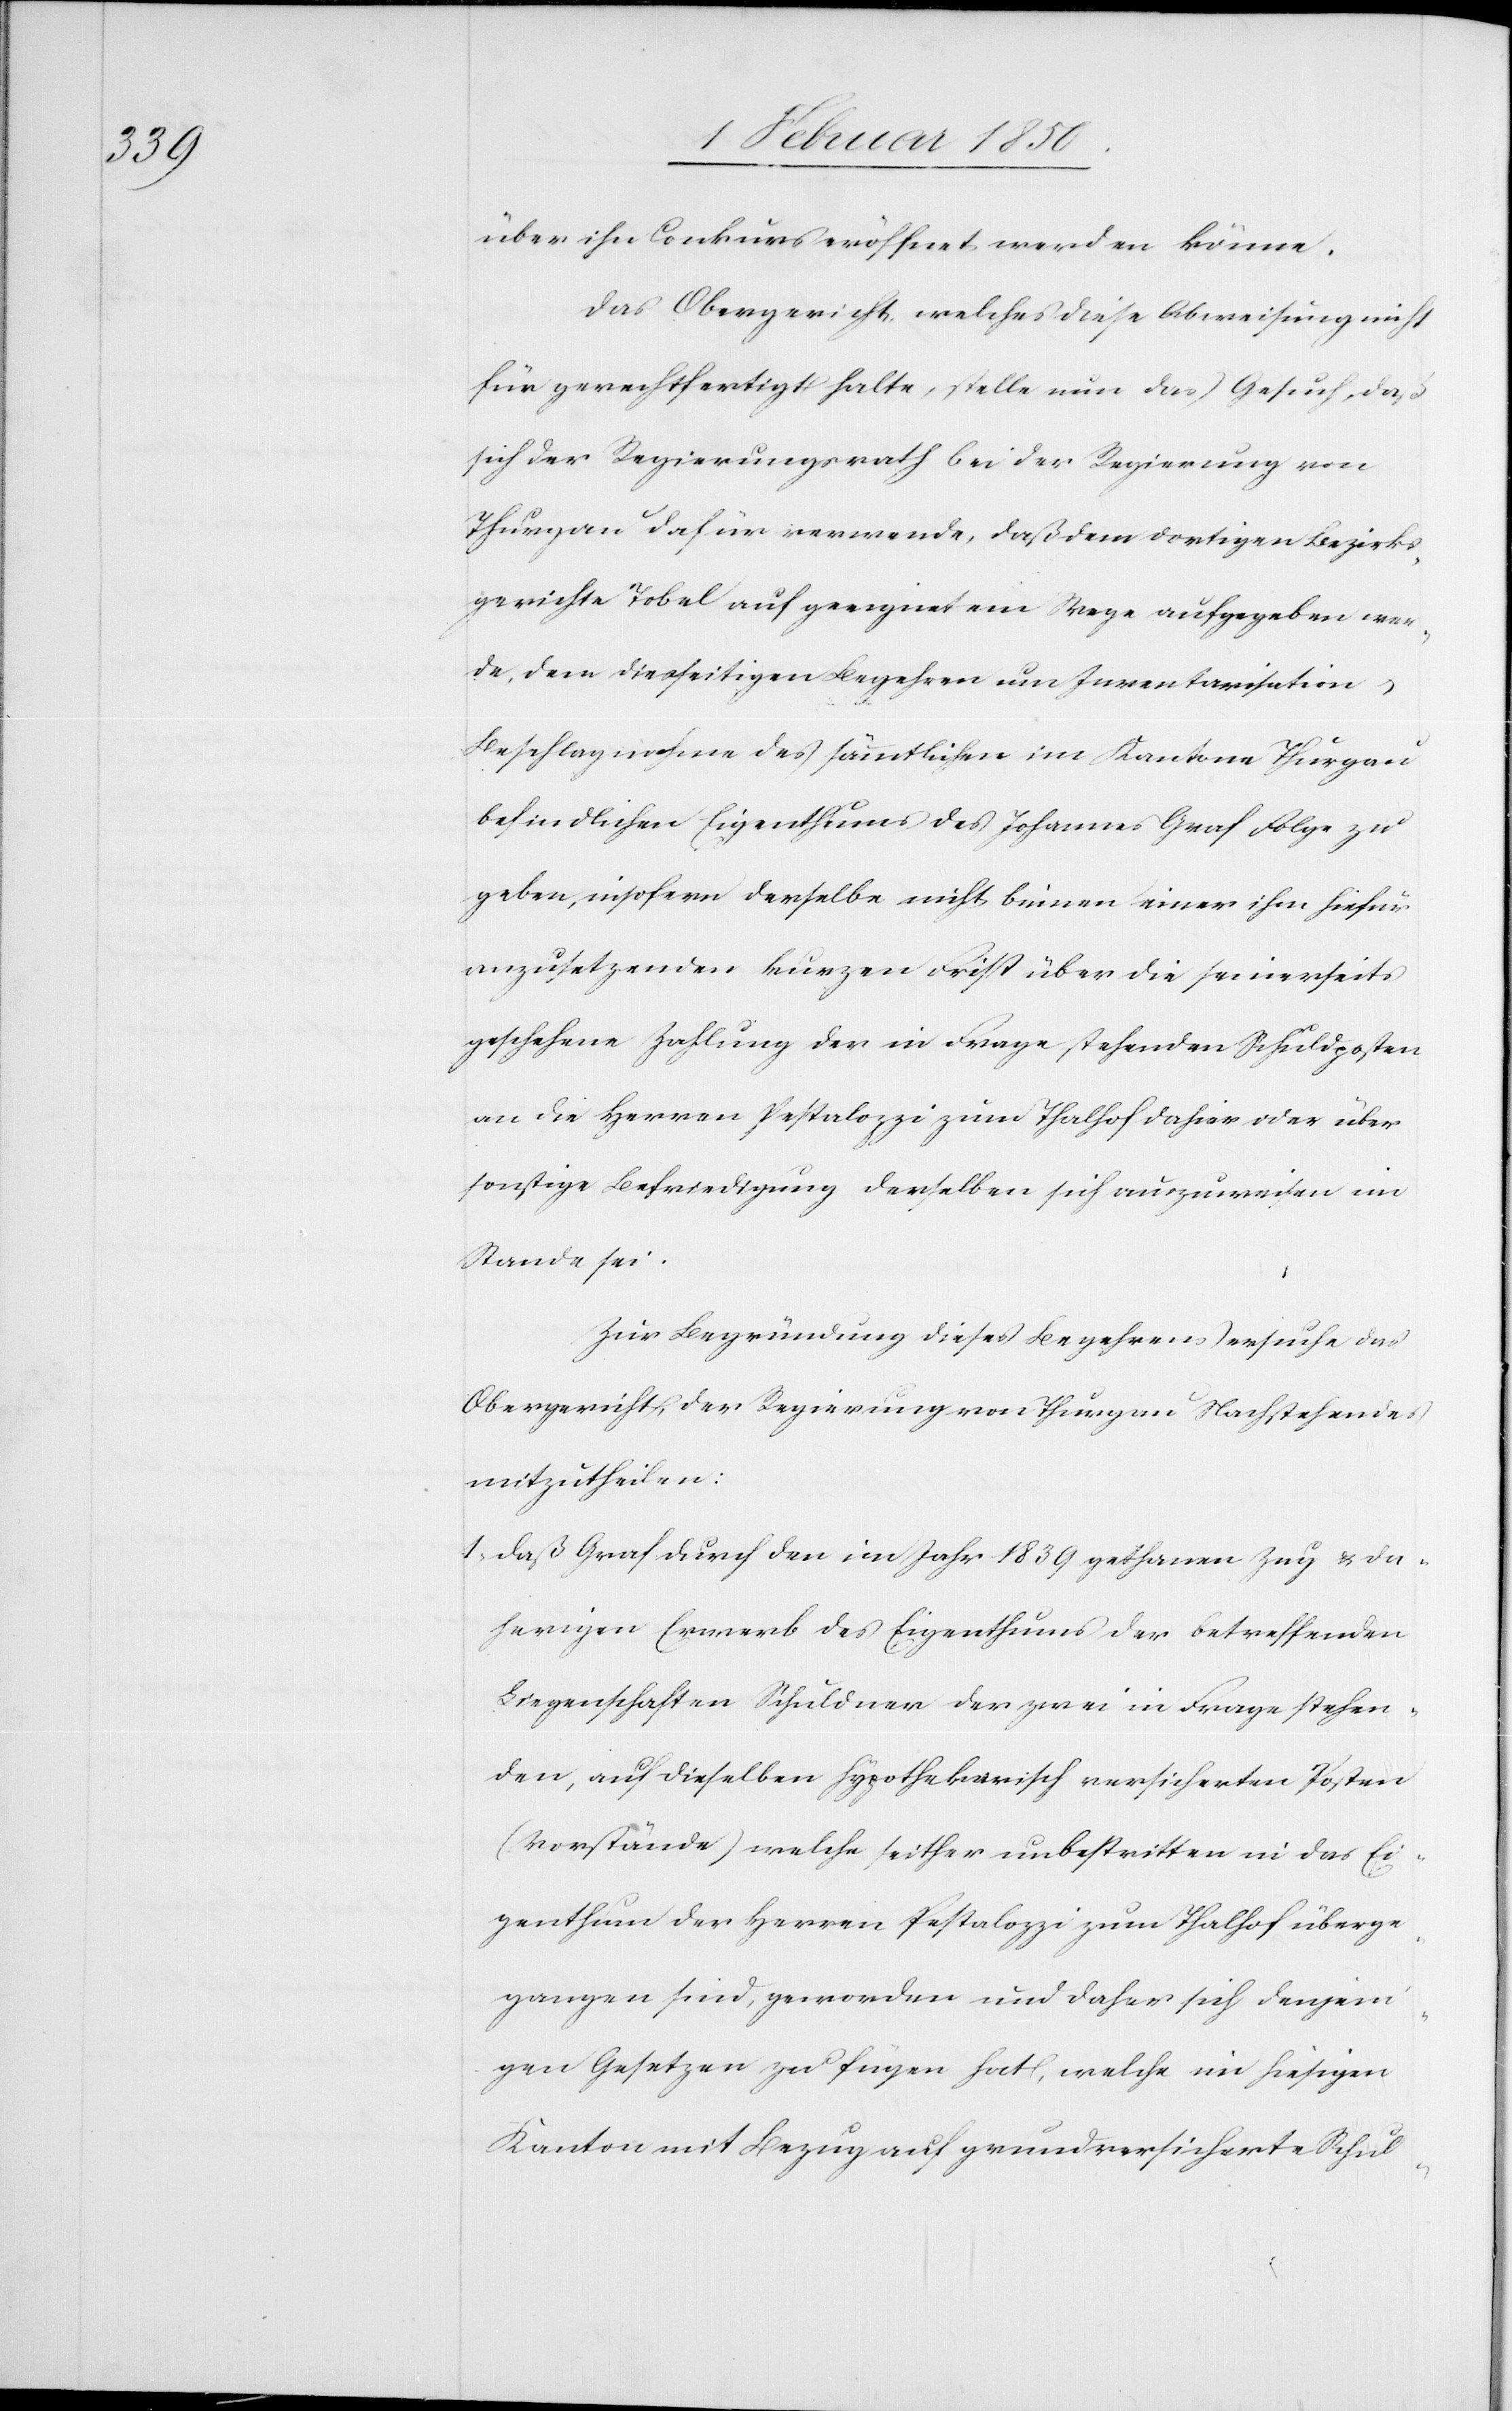
über ihn Conkurs eröffnet werden könne.
Das Obergericht, welches diese Abweisung nicht
für gerechtfertigt halte, stelle nun das Gesuch, daß
sich der Regierungsrath bei der Regierung von
Thurgau dafür verwende, daß dem dortigen Bezirks¬
gerichte Tobel auf geeignetem Wege aufgegeben wer¬
de, dem diesseitigen Begehren um Inventarisation
Beschlagnahme des sämmtlichen im Kantone Thurgau
befindlichen Eigenthums des Johannes Graf Folge zu
geben, insofern derselbe nicht binnen einer ihm hiefür
anzusetzenden kurzen Frist über die seinerseits
geschehene Zahlung der in Frage stehenden Schuldposten
an die Herren Pestalozzi zum Thalhof dahier oder über
sonstige Befriedigung derselben sich auszuweisen im
Stande sei.
Zur Begründung dieses Begehrens ersuche das
Obergericht, der Regierung von Thurgau Nachstehendes
mitzutheilen:
1. Daß Graf durch den im Jahr 1839 gethanen Zug u. da¬
herigen Erwerb des Eigenthums der betreffenden
Liegenschaften Schuldner der zwei in Frage stehen¬
den, auf dieselben hypothekarisch versicherten Posten
(Vorstände) welche seither unbestritten in das Ei¬
genthum der Herren Pestalozzi zum Thalhof überge¬
gangen sind, geworden und daher sich denjeni¬
gen Gesetzen zu fügen hat, welche im hiesigen
Kanton mit Bezug auf grundversicherte Schul-